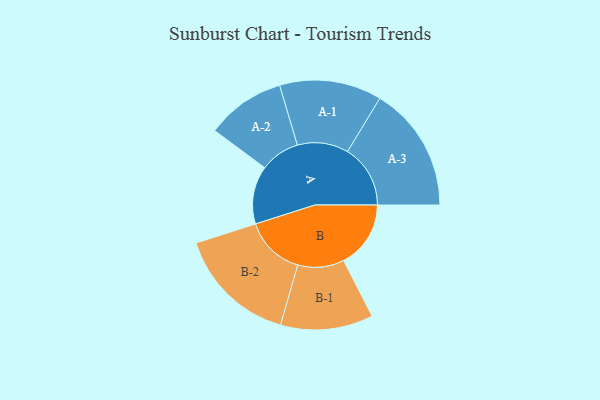
{"axis": {"x": "Segment", "y": "Value"}, "legend": ["", "A", "B"], "data": [{"x": "A", "y": 242, "type": ""}, {"x": "B", "y": 280, "type": ""}, {"x": "A-1", "y": 213, "type": "A"}, {"x": "A-2", "y": 165, "type": "A"}, {"x": "A-3", "y": 262, "type": "A"}, {"x": "B-1", "y": 193, "type": "B"}, {"x": "B-2", "y": 251, "type": "B"}]}